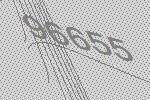
96655